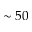
\sim 5 0